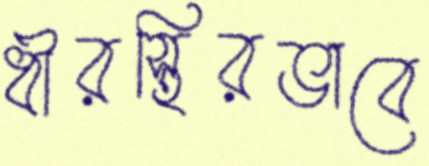
ধীরস্থিরভাবে